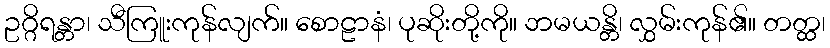
ဥဂ္ဂိရန္တာ၊ သီကြူးကုန်လျက်။ စောဠာနံ၊ ပုဆိုးတို့ကို။ ဘမယန္တိ၊ လွှမ်းကုန်၏။ တတ္ထ၊